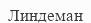
Линдеман